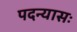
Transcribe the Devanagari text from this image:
पदन्यासः